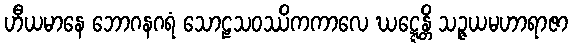
ဟီယမာနေ ဘောဂနဂရံ သောဠသဝဿိကကာလေ ဃဋ္ဋေန္တိ သဉ္ဇယမဟာရာဇာ